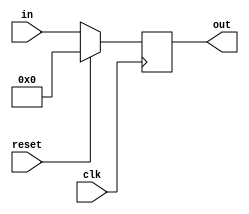
module register_simple #(parameter W=8) (clk,reset,in,out);

	input clk, reset;
	input [(W-1):0] in;
	output reg [(W-1):0] out;

	always @(posedge clk)
	begin
		if (reset) begin
			out <= 0;
		end 
		else begin
			out <= in;
		end
	end

endmodule